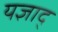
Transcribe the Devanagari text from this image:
यज्ञाद्‌